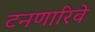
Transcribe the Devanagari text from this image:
टनणारिवे